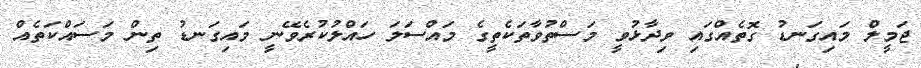
ޖަމީލް މައިގަނޑު ގޮތެއްގައި ވިދާޅުވީ މަސްތުވާތަކެތީގެ މައްސަލަ ހައްލުކުރެވޭނީ މައިގަނޑު ތިން މަސައްކަތެއް